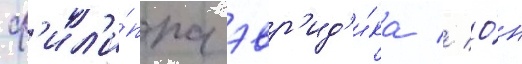
ф'ил'и́ппа эвр'ид'и́ка // О́н